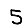
Digit: 5